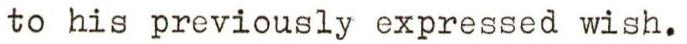
to his previously expressed wish.